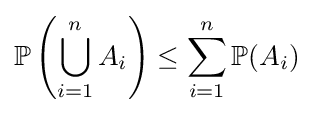
{\mathbb {P} }\left(\bigcup _{i=1}^{n}A_{i}\right)\leq \sum _{i=1}^{n}{\mathbb {P} }(A_{i})